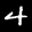
Label: 4